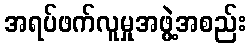
အရပ်ဖက်လူမှုအဖွဲ့အစည်း